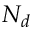
N _ { d }